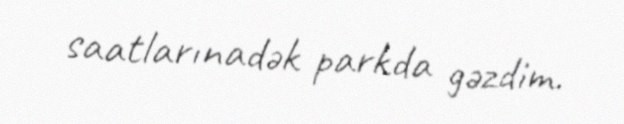
saatlarınadək parkda gəzdim.